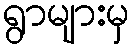
ရွာများမှ